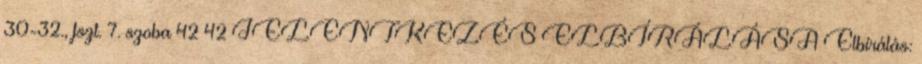
30-32., fszt. 7. szoba 42 42 JELENTKEZÉS ELBÍRÁLÁSA Elbírálás: